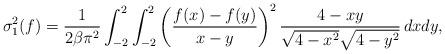
LaTeX: \begin{align*}\sigma_1^2(f) = \frac{1}{2\beta \pi^2} \int_{-2}^2 \int_{-2}^2 \left( \frac{f(x)-f(y)}{x-y}\right)^2 \frac{4-xy}{\sqrt{4-x^2} \sqrt{4-y^2} }\, d x d y ,\end{align*}